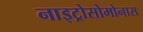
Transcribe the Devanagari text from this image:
नाइट्रोसोमोनास